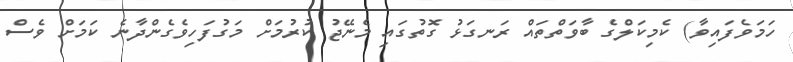
ހަމަވެފައިވާ) ކެމިކަލްގެ ބާވަތްތައް ރަނގަޅު ގޮތުގައި މެނޭޖު ކުރުމަށް މަގުފަހިވެގެންދާނެ ކަމަށް ވެސް